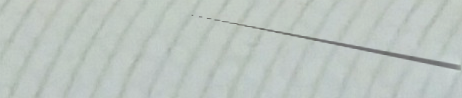
Try Our Pizza